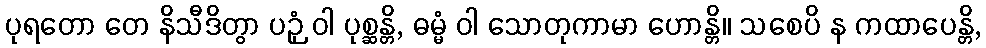
ပုရတော တေ နိသီဒိတွာ ပဉှံ ဝါ ပုစ္ဆန္တိ, ဓမ္မံ ဝါ သောတုကာမာ ဟောန္တိ။ သစေပိ န ကထာပေန္တိ,